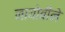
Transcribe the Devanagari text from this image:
नायोबीने